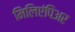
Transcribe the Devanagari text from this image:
मिलिएंपिअर